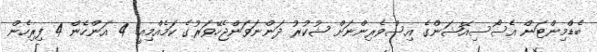
ބެޑްމިންޓަން އެސޯސިއޭޝަންގެ އިސްވެރިންނަށް ޝުކުރު ދަންނަވަންޖެހޭވަރުގެ ކަމެއްމިއީ. 4 އަންހެން 4 ފިރިހެން